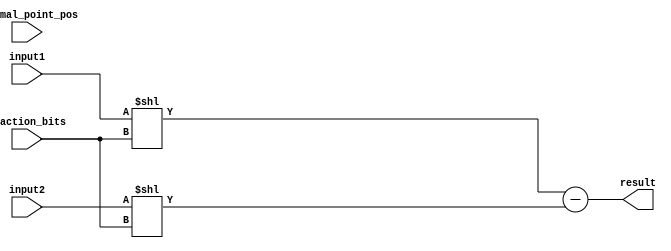
module fixed_point_subtractor (
    input [31:0] input1,
    input [31:0] input2,
    input [7:0] fraction_bits,
    input [4:0] decimal_point_pos,
    output reg [31:0] result
);

reg [31:0] scaled_input1;
reg [31:0] scaled_input2;

always @(*) begin
    scaled_input1 = input1 << fraction_bits;
    scaled_input2 = input2 << fraction_bits;
end

always @(*) begin
    result = scaled_input1 - scaled_input2;
end

endmodule